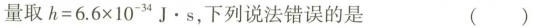
量取$$h = 6 . 6 4 \times 1 0 ^ { 3 4 } J \cdot s$$，下列说法错误的是 ( )